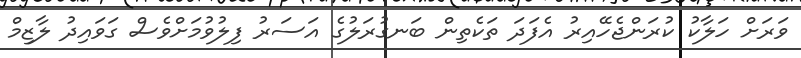
ވަރަށް ހަލާކު ކުރަންޖެހޭއިރު އެފަދަ ތަކެތިން ބަނގުރަލުގެ އަސަރު ފިލުވުމަށްވެސް ގަވައިދު ލާޒިމް